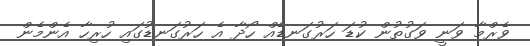
ވެރްމާ ވަނީ ވަގުތުން ކުޑަ ހަރުގަނޑެއް ހޯދާ އެ ހަރުގަނޑުގައި ހުރިހާ އެންމެން